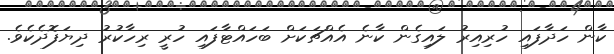
ކާން ހަދާފައި ހުރިއިރު ލައިގެން ކާނެ އެއްޗަކަށް ބަހައްޓާފައި ހުރީ ރިހާކުރު ދިޔަފޮދެކެވެ.